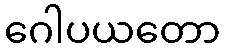
ဂေါပယတော